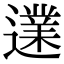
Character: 𨗩